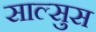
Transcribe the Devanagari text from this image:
साल्सुस